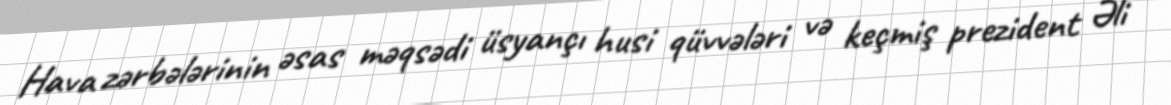
Hava zərbələrinin əsas məqsədi üsyançı husi qüvvələri və keçmiş prezident Əli